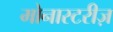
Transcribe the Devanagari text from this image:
मोनास्टरीज़